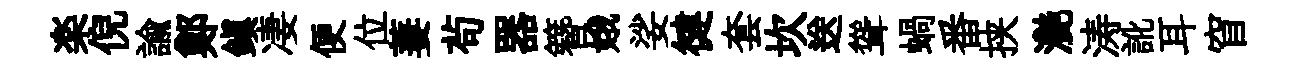
楽倪諭鄭鎭凄便位萋茍器簪娥娑徤套坎送聳蝸番挟灧涛訛耳窅